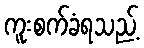
ကူးစက်ခံရသည့်